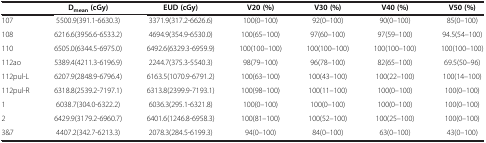
|  | Dmean(cGy) | EUD (cGy) | V20 (%) | V30 (%) | V40 (%) | V50 (%) |
 | --- | --- | --- | --- | --- | --- | --- |
 | 107 | 5500.9(391.1-6630.3) | 3371.9(317.2-6626.6) | 100(0–100) | 92(0–100) | 90(0–100) | 85(0–100) |
 | 108 | 6216.6(3956.6-6533.2) | 4694.9(354.9-6530.0) | 100(65–100) | 97(60–100) | 97(59–100) | 94.5(54–100) |
 | 110 | 6505.0(6344.5-6975.0) | 6492.6(6329.3-6959.9) | 100(100–100) | 100(100–100) | 100(100–100) | 100(100–100) |
 | 112ao | 5389.4(4211.3-6196.9) | 2244.7(375.3-5540.3) | 98(79–100) | 96(78–100) | 82(65–100) | 69.5(50–96) |
 | 112pul-L | 6207.9(2848.9-6796.4) | 6163.5(1070.9-6791.2) | 100(63–100) | 100(43–100) | 100(22–100) | 100(14–100) |
 | 112pul-R | 6318.8(2539.2-7197.1) | 6313.8(2399.9-7193.1) | 100(98–100) | 100(11–100) | 100(0–100) | 100(0–100) |
 | 1 | 6038.7(304.0-6322.2) | 6036.3(295.1-6321.8) | 100(0–100) | 100(0–100) | 100(0–100) | 100(0–100) |
 | 2 | 6429.9(3179.2-6960.7) | 6401.6(1246.8-6958.3) | 100(81–100) | 100(52–100) | 100(25–100) | 100(0–100) |
 | 3&7 | 4407.2(342.7-6213.3) | 2078.3(284.5-6199.3) | 94(0–100) | 84(0–100) | 63(0–100) | 43(0–100) |